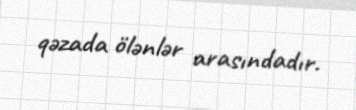
qəzada ölənlər arasındadır.